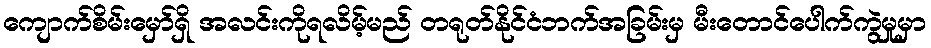
ကျောက်စိမ်းမှော်ရှိ အလင်းကိုရလိမ့်မည် တရုတ်နိုင်ငံဘက်အခြမ်းမှ မီးတောင်ပေါက်ကွဲမှုမှာ